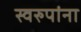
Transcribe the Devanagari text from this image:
स्वरुपांना